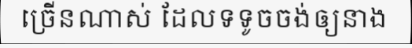
ច្រើនណាស់ ដែលទទូចចង់ឲ្យនាង